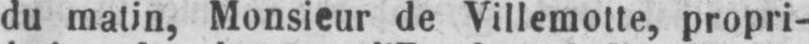
du matin, Monsieur de Villemotte, propri-